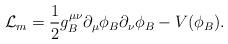
LaTeX: \begin{align*}{\cal L}_m=\frac{1}{2}g_B^{\mu\nu}\partial_\mu\phi_B\partial_\nu\phi_B -V(\phi_B).\end{align*}